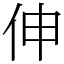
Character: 伸